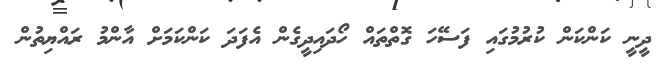
ދީނީ ކަންކަން ކުރުމުގައި ފަސޭހަ ގޮތްތައް ހޯދައިދީގެން އެފަދަ ކަންކަމަށް އާންމު ރައްޔިތުން